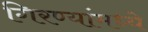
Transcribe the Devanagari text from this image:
गिरण्यांमध्ये